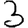
Digit: 3